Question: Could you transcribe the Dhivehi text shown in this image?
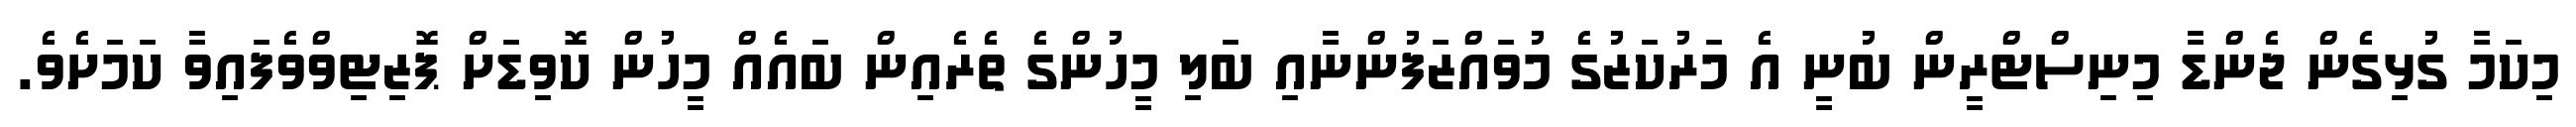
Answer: މިކަމާ ގުޅިގެން ޖެންޑާ މިނިސްޓްރީން ބުނީ އެ މަރުކަޒުގެ މުވައްޒަފުންނާއި ބަލި މީހުންގެ ތެރެއިން ބައެއް މީހުން ކޮވިޑަށް ޕޮޒިޓިވްވެފައިވާ ކަމަށެވެ.